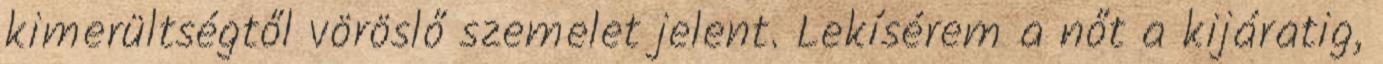
kimerültségtől vöröslő szemelet jelent. Lekísérem a nőt a kijáratig,